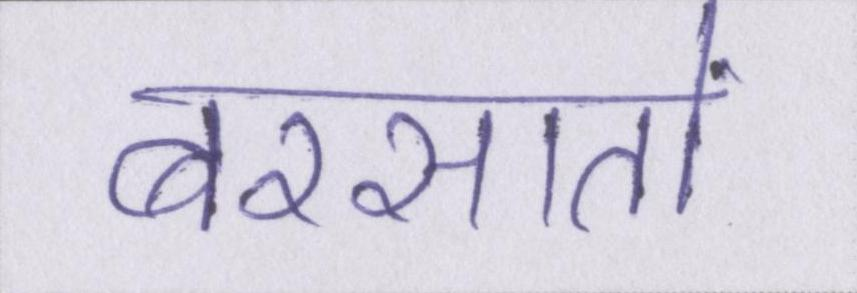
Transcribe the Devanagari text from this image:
बरसातों